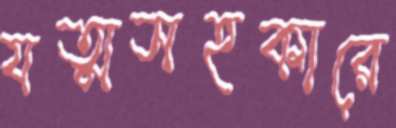
যত্মসহকারে